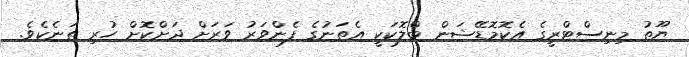
ޔޫތު މިނިސްޓްރީގެ އެކޮމޮޑޭޝަން ބްލޮކަކީ އެތަނުގެ ފެންވަރު ވަރަށް ދަށްކޮށް ހުރި ތަނެކެވެ.